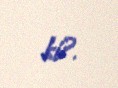
ki?.